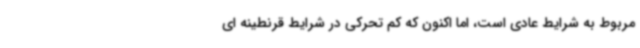
مربوط به شرایط عادی است، اما اکنون که کم تحرکی در شرایط قرنطینه ای